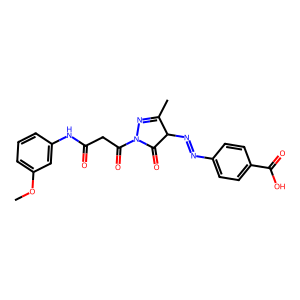
SMILES: COc1cccc(NC(=O)CC(=O)N2N=C(C)C(N=Nc3ccc(C(=O)O)cc3)C2=O)c1
Inhibits HIV replication: No